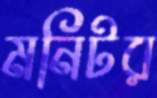
মনিটর